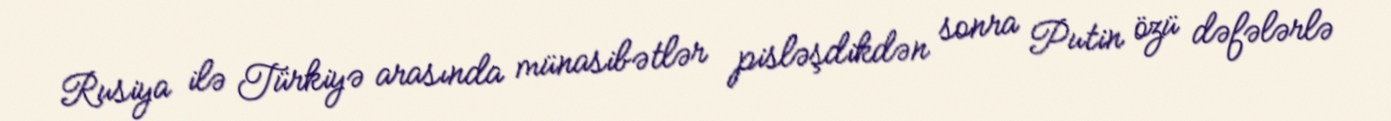
Rusiya ilə Türkiyə arasında münasibətlər pisləşdikdən sonra Putin özü dəfələrlə